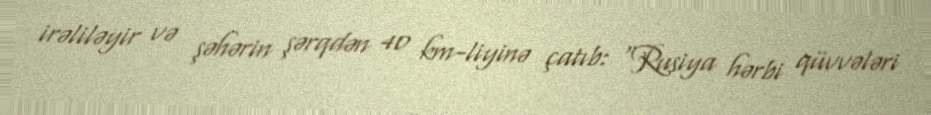
irəliləyir və şəhərin şərqdən 40 km-liyinə çatıb: “Rusiya hərbi qüvvələri